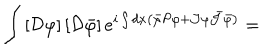
\int \left[ { \cal D } \varphi \right] \left[ { \cal D } \bar { \varphi } \right] e ^ { i \int d x \left( \bar { \varphi } { \cal P } \varphi + { \cal J } \varphi \bar { { \cal J } } \bar { \varphi } \right) } =